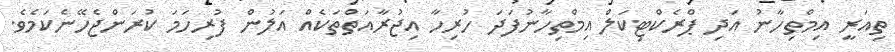
ތިއަރީ އިމްތިހާނު އަދި ޕްރެކްޓިކަލް އިމްތިހާނުފަދަ ހުރިހާ އިޖުރާއަތްތަކެއް އަލުން ފުރިހަމަ ކުރަންޖެހޭނެކަމެވެ.